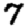
Digit: 7